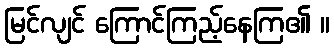
မြင်လျင် ကြောင်ကြည့်နေကြ၏ ။